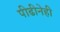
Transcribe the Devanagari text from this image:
पीढीनेही